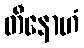
တီနောဟံ